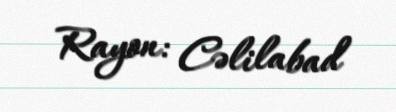
Rayon: Cəlilabad